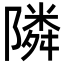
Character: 隣